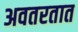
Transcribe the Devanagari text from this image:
अवतरतात